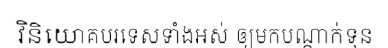
វិនិយោគបរទេសទាំងអស់ ឲ្យមកបណ្តាក់ទុន